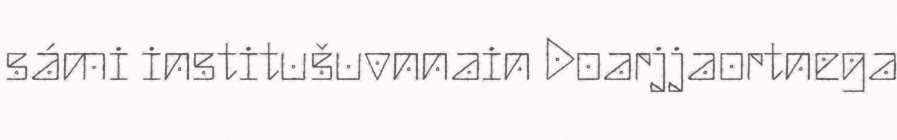
sámi institušuvnnain Doarjjaortnega